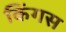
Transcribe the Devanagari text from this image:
किंगस